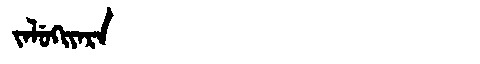
Manchu: ᠵᠠᠯᡠᡴᡳᠶᠠᡵᠠ
Romanization: JALUKIYARA